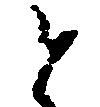
と